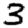
Digit: 3